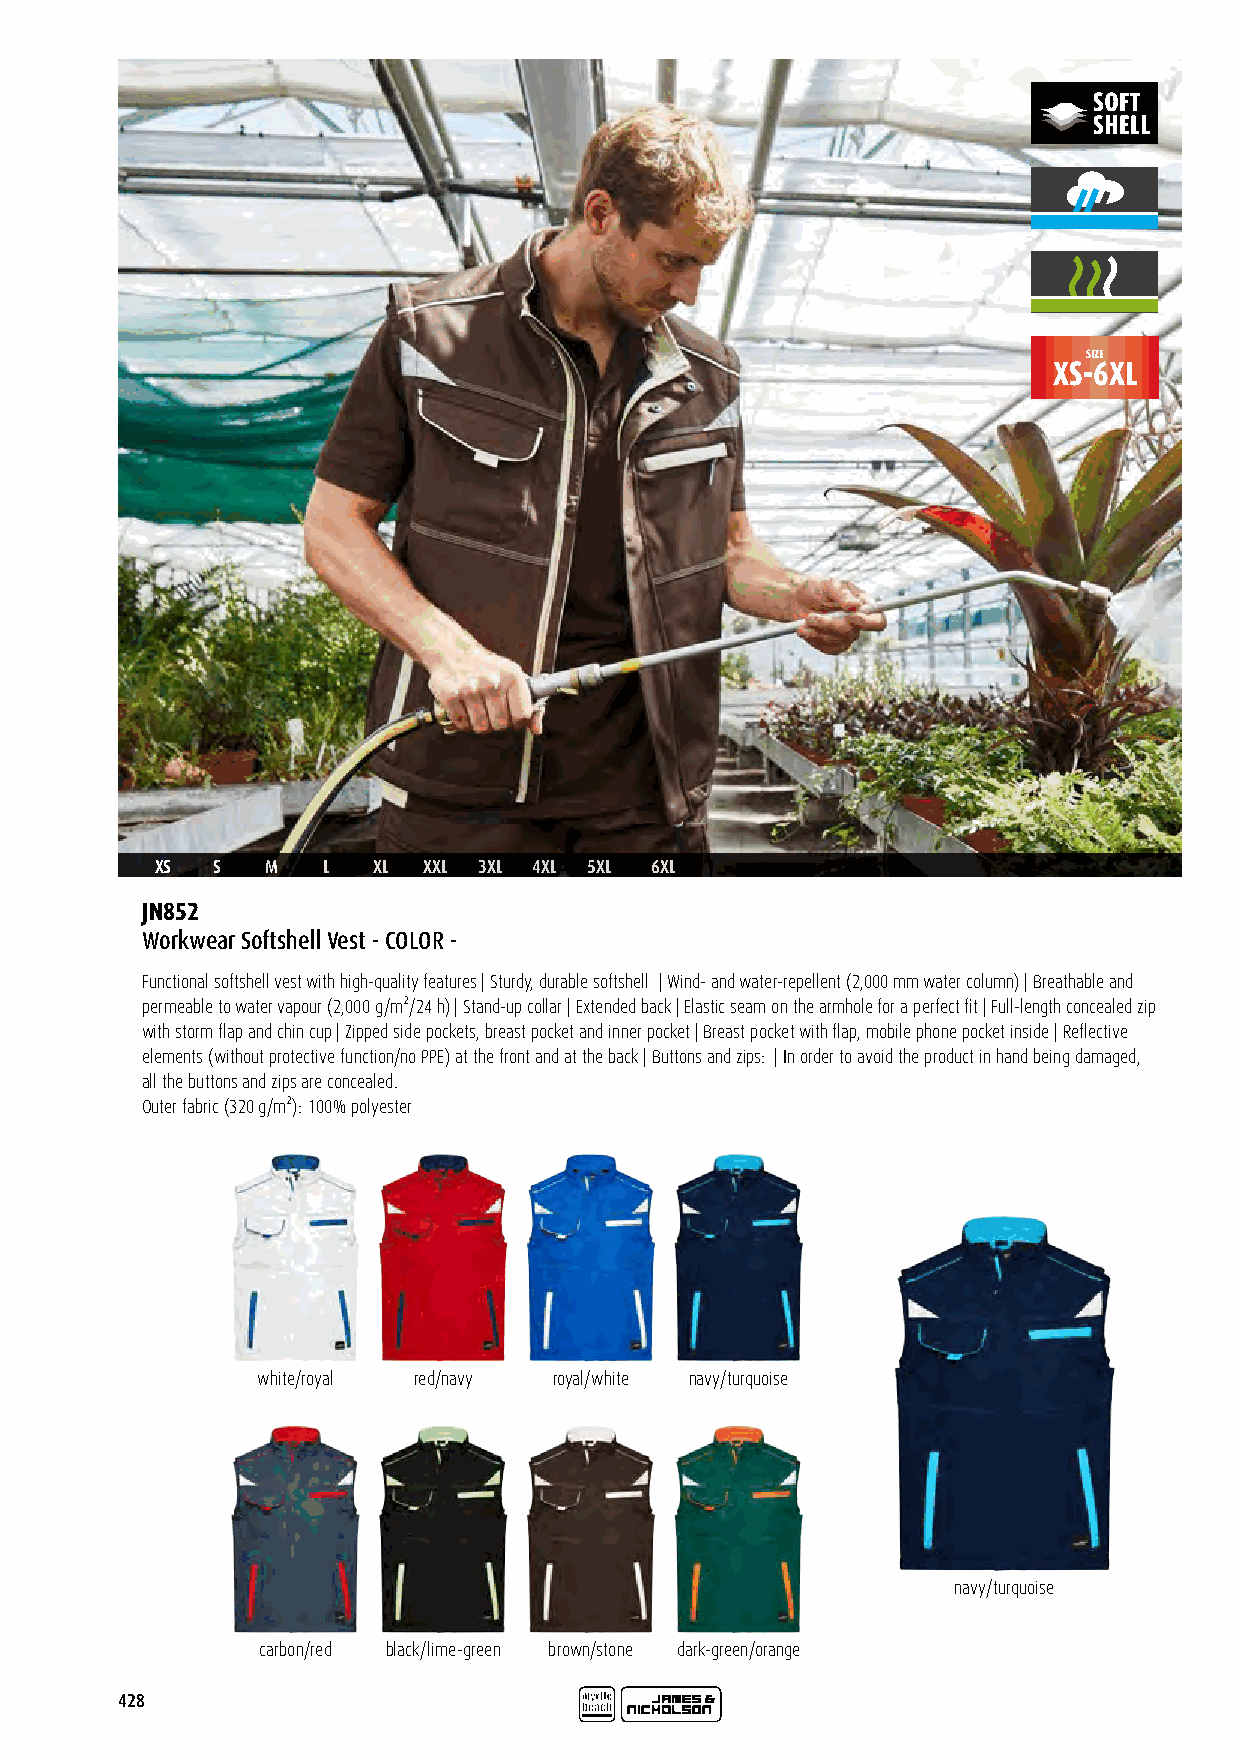
SIZE
 XS-6XL
 XS  S   M  L   XL XXL 3XL 4XL 5XL 6XL
 JN852
 Workwear Softshell Vest - COLOR -
 Functional softshell vest with high-quality features | Sturdy, durable softshell | Wind- and water-repellent (2,000 mm water column) | Breathable and
 permeable to water vapour (2,000 g/m²/24 h) | Stand-up collar | Extended back | Elastic seam on the armhole for a perfect fit | Full-length concealed zip
 with storm flap and chin cup | Zipped side pockets, breast pocket and inner pocket | Breast pocket with flap, mobile phone pocket inside | Reflective
 elements (without protective function/no PPE) at the front and at the back | Buttons and zips: | In order to avoid the product in hand being damaged,
 all the buttons and zips are concealed.
 Outer fabric (320 g/m²): 100% polyester
 white/royal red/navy royal/white navy/turquoise
 navy/turquoise
 carbon/red black/lime-green brown/stone dark-green/orange
 428